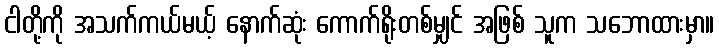
ငါတို့ကို အသက်ကယ်မယ့် နောက်ဆုံး ကောက်ရိုးတစ်မျှင် အဖြစ် သူက သဘောထားမှာ။